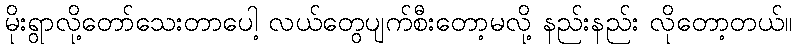
မိုးရွာလို့တော်သေးတာပေါ့ လယ်တွေပျက်စီးတော့မလို့ နည်းနည်း လိုတော့တယ်။